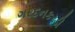
ગરદનકરડી